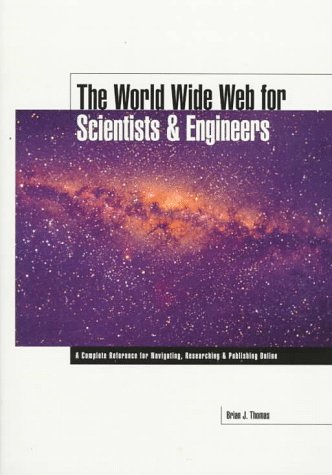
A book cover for The World Wide Web for Scientists and Engineers; Joy A. Thomas; Computers & Technology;